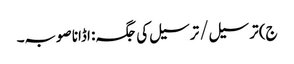
ج) ترسیل / ترسیل کی جگہ: اڈانا صوبہ۔